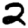
Digit: 2